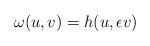
LaTeX: \begin{align*} \omega(u,v) = h (u,\epsilon v) \end{align*}